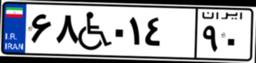
۱۰W۹۴۵۰۱